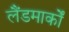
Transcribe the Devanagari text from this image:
लैंडमार्कों